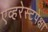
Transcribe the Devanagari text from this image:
एव्हरेस्टपेक्षा